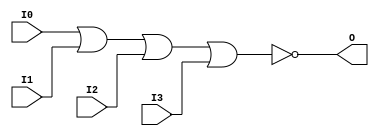
module NOR4 (O, I0, I1, I2, I3);

    output O;

    input  I0, I1, I2, I3;

    nor O1 (O, I0, I1, I2, I3);


endmodule